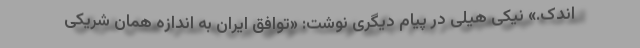
اندک.» نیکی هیلی در پیام دیگری نوشت: «توافق ایران به اندازه همان شریکی